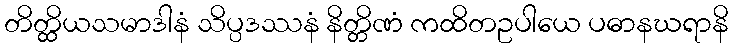
တိတ္ထိယသမာဒါနံ သိပ္ပဒဿနံ နိတ္တိဏံ ကထိတဥပါယေ ပဓာနဃရာနိ